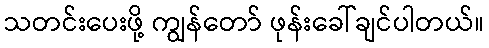
သတင်းပေးဖို့ ကျွန်တော် ဖုန်းခေါ်ချင်ပါတယ်။